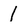
Character: 1